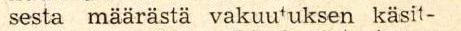
sesta määrästä vakuutuksen käsit-